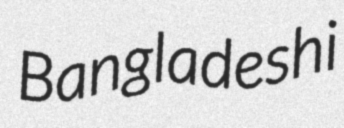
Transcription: Bangladeshi